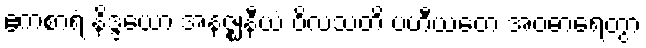
ဧကစာရံ နိဒ္ဒယော အနဇ္ဈနီယံ ဝိလသတိ ပဟီယတေ အဝဓာရေတွာ